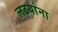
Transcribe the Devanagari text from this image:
लढयांना